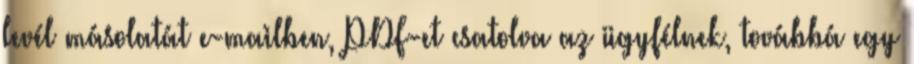
levél másolatát e-mailben, PDF-et csatolva az ügyfélnek, továbbá egy